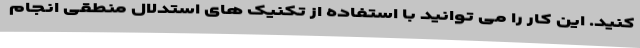
کنید. این کار را می توانید با استفاده از تکنیک های استدلال منطقی انجام